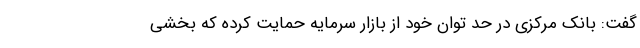
گفت: بانک مرکزی در حد توان خود از بازار سرمایه حمایت کرده که بخشی